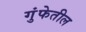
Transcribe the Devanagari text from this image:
गुंफेतील